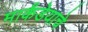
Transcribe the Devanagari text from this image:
मार्कंडेयाचे